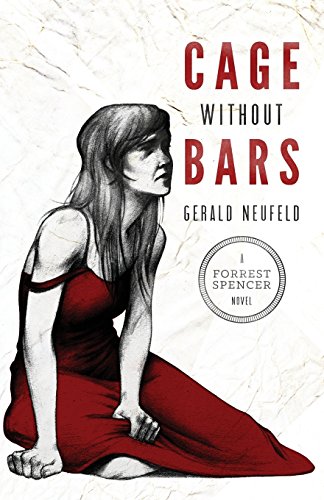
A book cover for Cage Without Bars; Gerald Neufeld; Mystery, Thriller & Suspense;